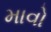
માવો